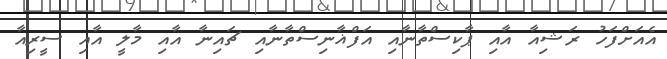
އެއަށްފަހު ރަޝިއާ އާއި ޕާކިސްތާނާއި އަފްޣާނިސްތާނާއި ޗައިނާ އާއި މާލީ އާއި ސީރިއާ